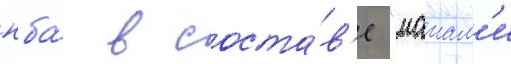
нба́ в соста́в'е "маиам'и